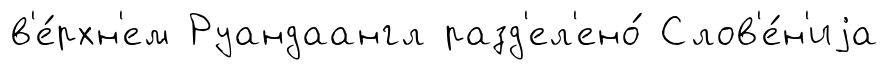
в'е́рхн'ем Руандаангл разд'ел'ено́ Слов'е́н'иjа